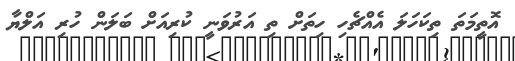
އޮތީމަތަ ތިކަހަލަ އެއްޗެހި ހިތަށް ތި އަރުވަނީ ކުރިއަށް ބަލަން ހުރި އަލްޔާ